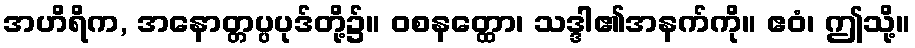
အဟိရိက, အနောတ္တပ္ပပုဒ်တို့၌။ ဝစနတ္ထော၊ သဒ္ဒါ၏အနက်ကို။ ဧဝံ၊ ဤသို့။